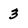
Character: 3